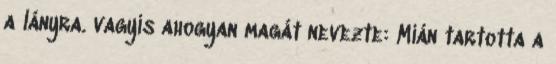
a lányra. vagyis ahogyan magát nevezte: Mián tartotta a